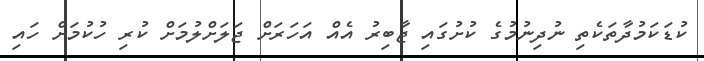
ކުޑަކަމުދާތަކެތި ނުދިނުމުގެ ކުށުގައި ޖާބިރު އެއް އަހަރަށް ޖަލަށްލުމަށް ކުރި ހުކުމަށް ހައި